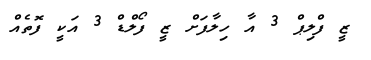
ޒީ ފްލިޕް 3 އާ ހިލާފަށް ޒީ ފޯލްޑް 3 އަކީ ފޮތެއް